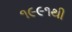
૧૯૯૧થી